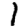
Digit: 1